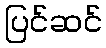
ပြင်ဆင်